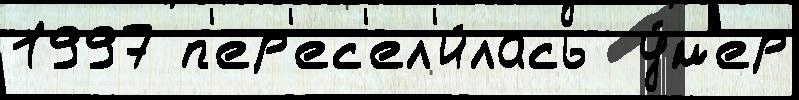
1997 п'ер'ес'ел'и́лась  у́м'ер